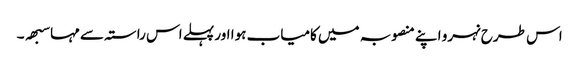
اس طرح نہرو اپنے منصوبہ میں کامیاب ہوا اور پہلے اس راستہ سے مہاسبھہ ۔